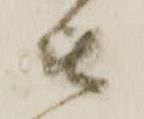
被